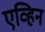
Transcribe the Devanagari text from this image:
एव्हिन